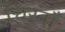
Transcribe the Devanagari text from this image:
चिरवाँ